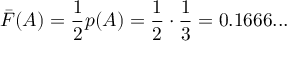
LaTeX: { \bar { F } } ( A ) = { \frac { 1 } { 2 } } p ( A ) = { \frac { 1 } { 2 } } \cdot { \frac { 1 } { 3 } } = 0 . 1 6 6 6 . . .